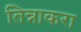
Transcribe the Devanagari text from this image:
तिन्नाकरा